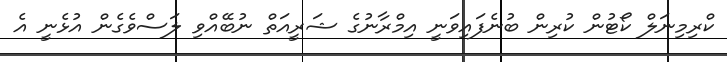
ކްރިމިނަލް ކޯޓުން ކުރިން ބުނެފައިވަނީ އިމްރާނުގެ ޝަރީއަތް ނުބޭއްވި ލަސްވެގެން އުޅެނީ އެ